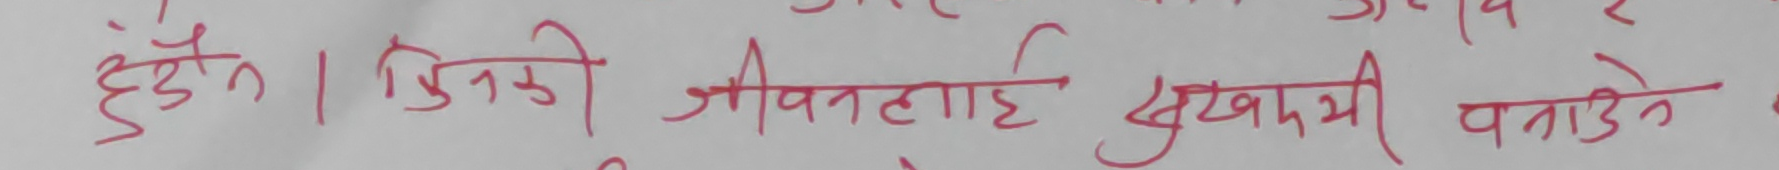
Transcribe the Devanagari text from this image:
ढुँडन । जिनकी जीवनलाई सुखमय बनाउने